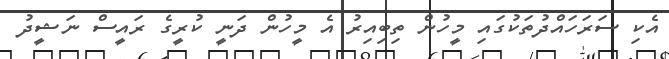
އެކި ސަރަހައްދުތަކުގައި މީހުން ތިބިއިރު އެ މީހުން ދަނީ ކުރީގެ ރައީސް ނަޝީދު